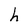
Character: h